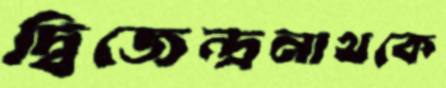
দ্বিজেন্দ্রনাথকে